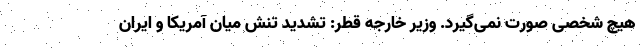
هیچ شخصی صورت نمی‌گیرد. وزیر خارجه قطر: تشدید تنش میان آمریکا و ایران